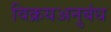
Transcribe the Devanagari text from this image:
विक्रयअनुबंध